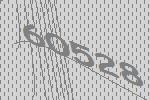
60528